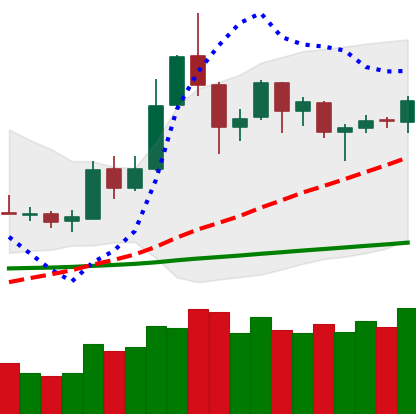
Ticker: DOGE-USD
Chart end date: 2019-05-26
Forward return: 11.287%
Label: up_7plus